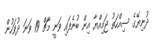
ދުނިޔޭގެ ސިއްހަތު ޖަމިއްޔާ އިން ބުނެފައި ވަނީ މާޗް 19 ވަނަ ދުވަހުން